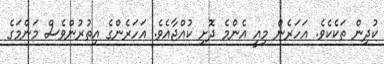
ކުދިން ތަކެކެވެ. އަހަރެން މިއީ އެންމެ ދޮށި ކުއްޖާއެވެ. އަހަރެންގެ އިތުރުންވެސް މަންމަގެ